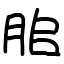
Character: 䏨